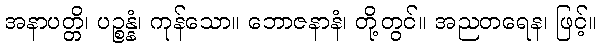
အနာပတ္တိ၊ ပဉ္စန္နံ၊ ကုန်သော။ ဘောဇနာနံ၊ တို့တွင်။ အညတရေန၊ ဖြင့်။